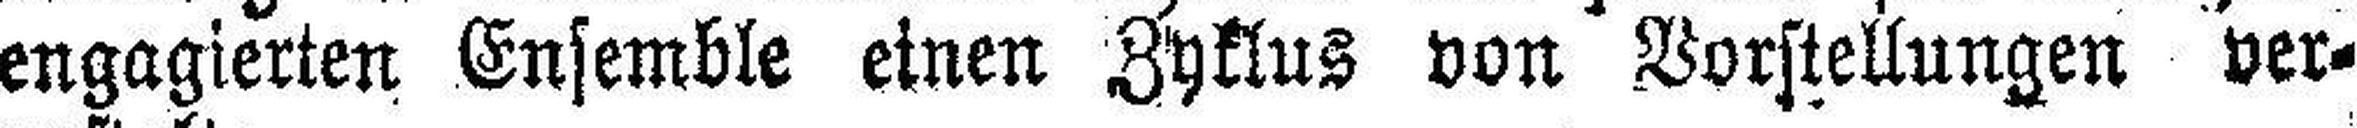
engagierten Ensemble einen Zyklus von Vorstellungen ver¬